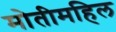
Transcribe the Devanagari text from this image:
मोतीमहिल